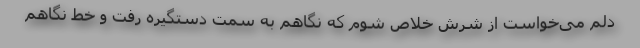
دلم می‌خواست از شرّش خلاص شوم که نگاهم به سمت دستگیره رفت و خط نگاهم